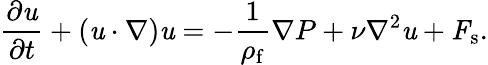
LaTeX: \frac{\partial{\textbf{\textit{u}}}}{\partial t}+(\textbf{\textit{u}}\cdot\mathbf{\nabla})\textbf{\textit{u}}=-\frac{1}{\rho_{\mathrm{f}}}{\nabla}P+\nu\nabla^{2}{\textbf{\textit{u}}}+\textbf{\textit{F}}_{\mathrm{s}}.